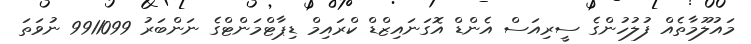
މައުލޫމާތެއް ފުލުހުންގެ ސީރިއަސް އެންޑް އޮގަނައިޒްޑް ކްރައިމް ޑިޕާޓްމަންޓްގެ ނަންބަރު 9911099 ނުވަތަ